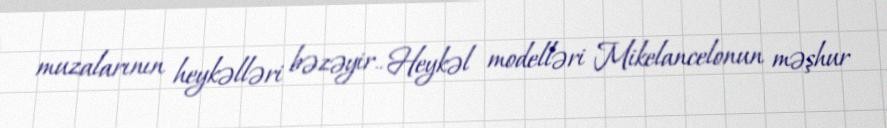
muzalarının heykəlləri bəzəyir.. Heykəl modelləri Mikelancelonun məşhur